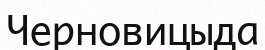
Черновицыда